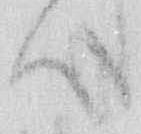
心